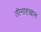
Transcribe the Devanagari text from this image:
तीनाहख़ान